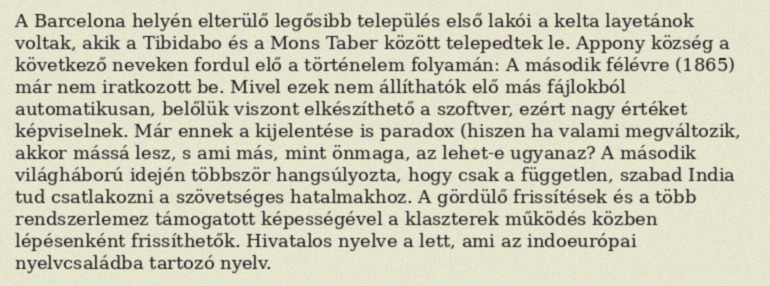
A Barcelona helyén elterülő legősibb település első lakói a kelta layetánok voltak, akik a Tibidabo és a Mons Taber között telepedtek le. Appony község a következő neveken fordul elő a történelem folyamán: A második félévre (1865) már nem iratkozott be. Mivel ezek nem állíthatók elő más fájlokból automatikusan, belőlük viszont elkészíthető a szoftver, ezért nagy értéket képviselnek. Már ennek a kijelentése is paradox (hiszen ha valami megváltozik, akkor mássá lesz, s ami más, mint önmaga, az lehet-e ugyanaz? A második világháború idején többször hangsúlyozta, hogy csak a független, szabad India tud csatlakozni a szövetséges hatalmakhoz. A gördülő frissítések és a több rendszerlemez támogatott képességével a klaszterek működés közben lépésenként frissíthetők. Hivatalos nyelve a lett, ami az indoeurópai nyelvcsaládba tartozó nyelv.